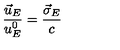
\frac { \vec { u } _ { E } } { u _ { E } ^ { 0 } } = \frac { \vec { \sigma } _ { E } } { c }